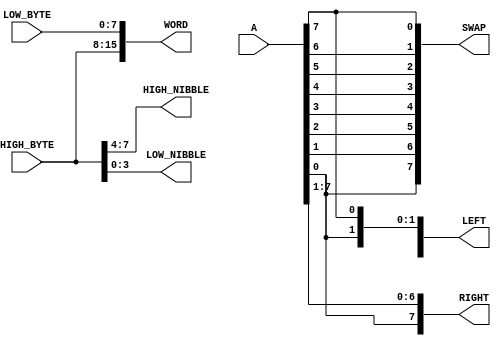
module CONCATENATION(A, HIGH_BYTE, LOW_BYTE, SWAP, LEFT, RIGHT, WORD, HIGH_NIBBLE, LOW_NIBBLE);

    input [7:0] A, HIGH_BYTE, LOW_BYTE;
    output [7:0]  SWAP, LEFT, RIGHT;
    output [3:0] HIGH_NIBBLE, LOW_NIBBLE;
    output [15:0] WORD;

    assign SWAP = {A[0], A[1], A[2], A[3], A[4], A[5], A[6], A[7]};
    assign RIGHT = {A[0], A[7:1]};
    assign LEFT = {A[6:0], A[7]};
    assign WORD = {HIGH_BYTE, LOW_BYTE};
    assign {HIGH_NIBBLE, LOW_NIBBLE} = HIGH_BYTE;


endmodule